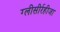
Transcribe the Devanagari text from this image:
ग्‍लीसीर्रहीजा